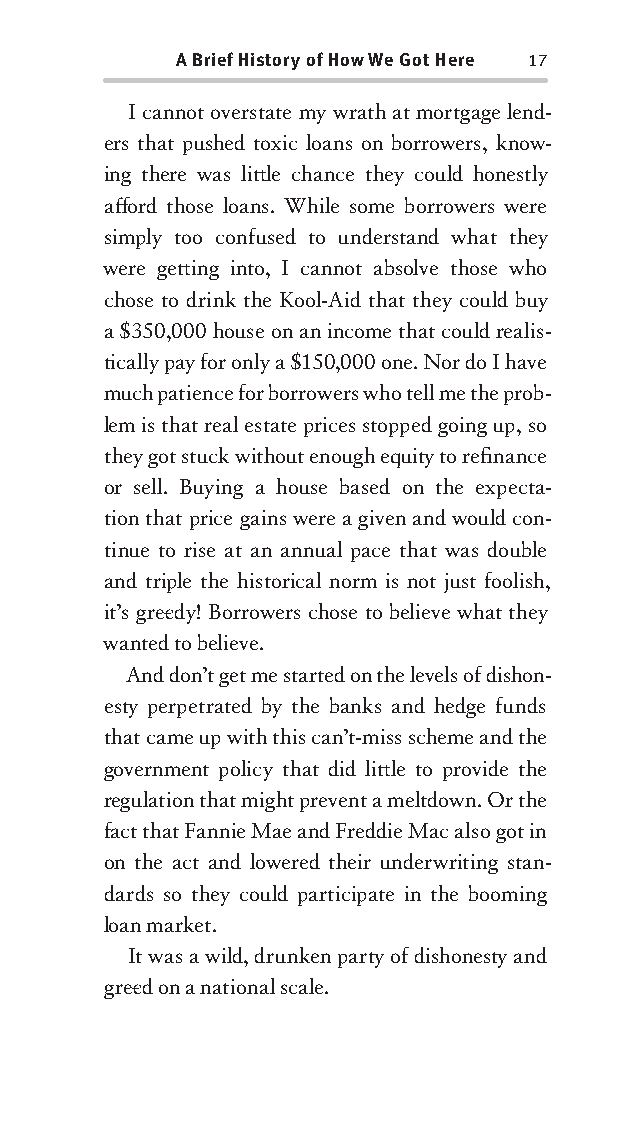
A Brief History of How We Got Here 17
 I cannot overstate my wrath at mortgage lend-
 ers that pushed toxic loans on borrowers, know-
 ing there was litt le chance they could honestly
 aff ord those loans. While some borrowers were
 simply too confused to understand what they
 were gett ing into, I cannot absolve those who
 chose to drink the Kool-Aid that they could buy
 a $350,000 house on an income that could realis-
 tically pay for only a $150,000 one. Nor do I have
 much patience for borrowers who tell me the prob-
 lem is that real estate prices stopped going up, so
 they got stuck without enough equity to refi nance
 or sell. Buying a house based on the expecta-
 tion that price gains were a given and would con-
 tinue to rise at an annual pace that was double
 and triple the historical norm is not just foolish,
 it’s gree dy! Borrowers chose to believe what they
 wanted to believe.
 And don’t get me started on the levels of dishon-
 esty perpetrated by the banks and hedge funds
 that came up with this can’t-miss scheme and the
 government policy that did litt le to provide the
 regulation that might prevent a meltdown. Or the
 fact that Fannie Mae and Freddie Mac also got in
 on the act and lowered their underwriting stan-
 dards so they could participate in the booming
 loan market.
 It was a wild, drunken party of dishonesty and
 gree d on a national scale.
 OOrrmmaa__99778800338855553300993344__44pp__aallll__rr11..iinndddd 1177 1122//33//0088 99::3300::5599 AAMM